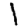
Digit: 1